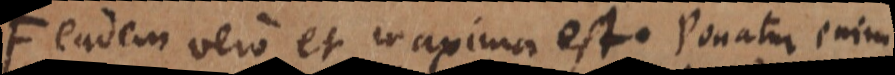
Eadem vero et maxima est. Ponatur enim